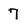
Character: 7